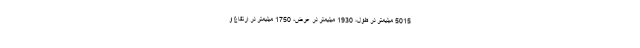
5015 میلیمتر در طول، 1930 میلیمتر در عرض، 1750 میلیمتر در ارتفاع و